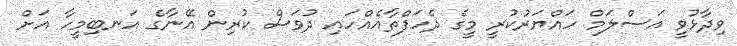
ވިދާޅުވީ އަސްލަމް ހައްޔަރުކުރީ މީގެ ދެހަފްތާއެއްހައި ދުވަސް ކުރިން އޭނާގެ އަނބިމީހާ އަށް